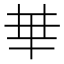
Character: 𠦒